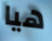
هيا